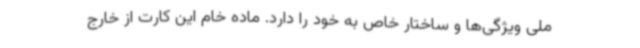
ملی ویژگی‌ها و ساختار خاص به خود را دارد. ماده خام این کارت از خارج